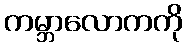
ကမ္ဘာလောကကို